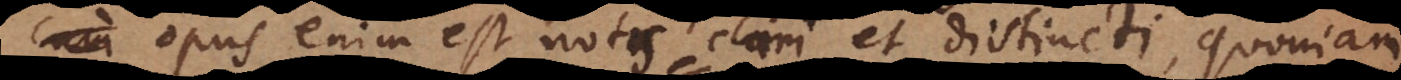
ur, opus enim est notis clari et distincti, quoniam